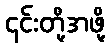
၎င်းတို့အဖို့